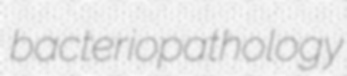
bacteriopathology